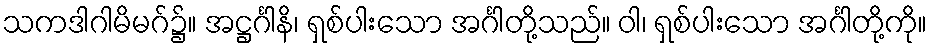
သကဒါဂါမိမဂ်၌။ အဋ္ဌင်္ဂါနိ၊ ရှစ်ပါးသော အင်္ဂါတို့သည်။ ဝါ၊ ရှစ်ပါးသော အင်္ဂါတို့ကို။